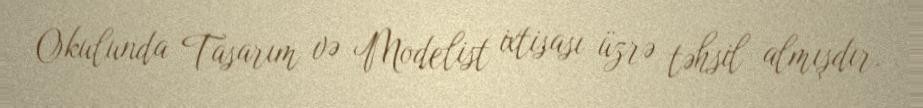
Okulunda Tasarım və Modelist ixtisası üzrə təhsil almışdır.